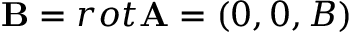
\mathbf { B } = r o t \mathbf { A } = ( 0 , 0 , B )